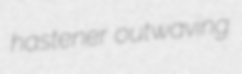
hastener outwaving